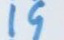
19